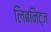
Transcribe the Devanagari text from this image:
लिबनिट्ज